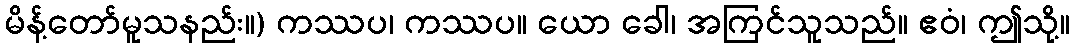
မိန့်တော်မူသနည်း။) ကဿပ၊ ကဿပ။ ယော ခေါ၊ အကြင်သူသည်။ ဧဝံ၊ ဤသို့။